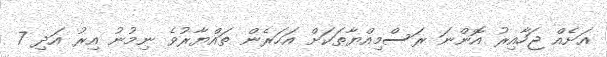
އަށެއް ޖަހާއިރު އޮންނަ ރަސްމިއްޔާތަކަށް އަހަރެން ތައްޔާރުވެ ނިމުނު އިރު އަދި 7